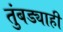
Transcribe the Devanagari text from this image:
तुंबड्याही